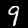
Digit: 9